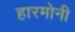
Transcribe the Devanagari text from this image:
हारमोनी